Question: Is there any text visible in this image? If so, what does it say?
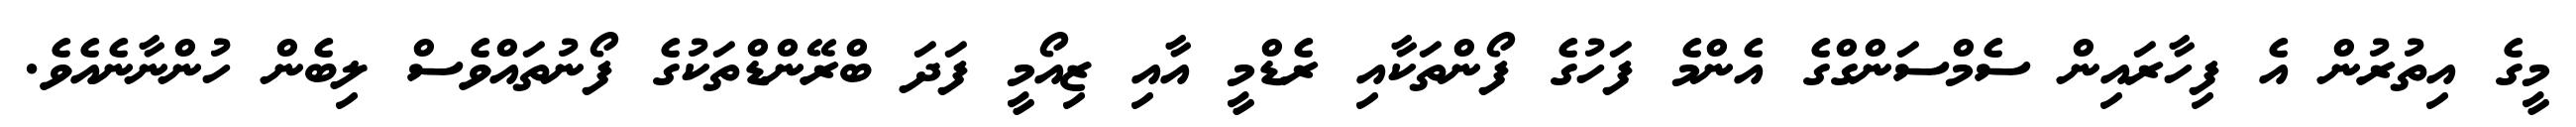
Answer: މީގެ އިތުރުން އެ ފިހާރައިން ސެމްސަންގްގެ އެންމެ ފަހުގެ ފޯންތަކާއި ރެޑްމީ އާއި ޒިއޯމީ ފަދަ ބްރޭންޑްތަކުގެ ފޯނުތައްވެސް ލިބެން ހުންނާނެއެވެ.